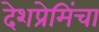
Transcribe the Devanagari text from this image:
देशप्रेमिंचा